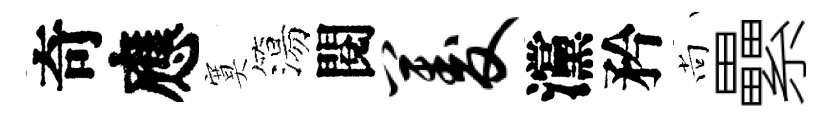
奇應寞簜閱菱灙矜尚纍